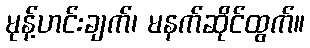
မုန့်ဟင်းချက်၊ မနက်ဆိုင်ထွက်။